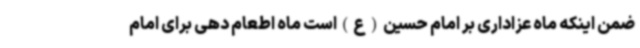
ضمن اینکه ماه عزاداری بر امام حسین(ع)است ماه اطعام دهی برای امام